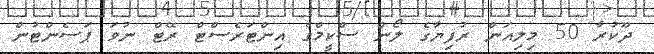
ދޫކުރާ 50 މިލިއަން ރުފިޔާގެ ލޯން ސްކީމްގެ އިންޓަރެސްޓް ރޭޓް ނުވަ ޕަސެންޓުން